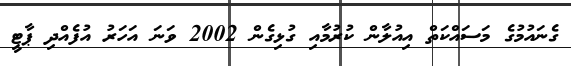
ގެނައުމުގެ މަސައްކަތް އިއުލާން ކުރުމާއި ގުޅިގެން 2002 ވަނަ އަހަރު އުފެއްދި ޕާޓީ